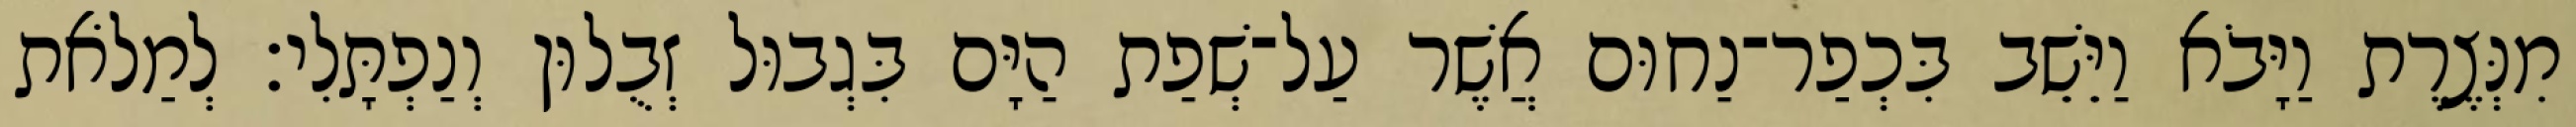
מִנְּצֶרֶת וַיָּבֹא וַיֵּשֵׁב בִּכְפַר־נַחוּם אֲשֶׁר עַל־שְׁפַת הַיָּם בִּגְבוּל זְבֻלוּן וְנַפְתָּלִי׃ לְמַלֹאת